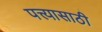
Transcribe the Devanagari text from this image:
पत्त्यासाठी